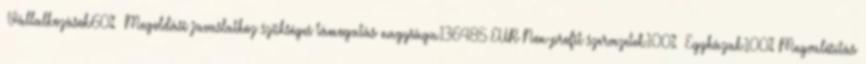
▪Vállalkozások60% ▪Megoldási javaslathoz szükséges támogatás nagysága136485 EUR▪Non-profit szervezetek100% ▪Egyházak100%▪Megvalósítás